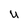
Character: u